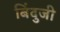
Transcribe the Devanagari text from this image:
बिंदुजी